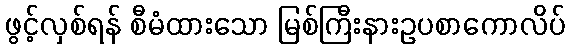
ဖွင့်လှစ်ရန် စီမံထားသော မြစ်ကြီးနားဥပစာကောလိပ်